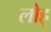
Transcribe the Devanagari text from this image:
लोह्